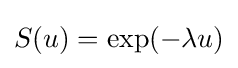
S(u)=\exp(-\lambda u)